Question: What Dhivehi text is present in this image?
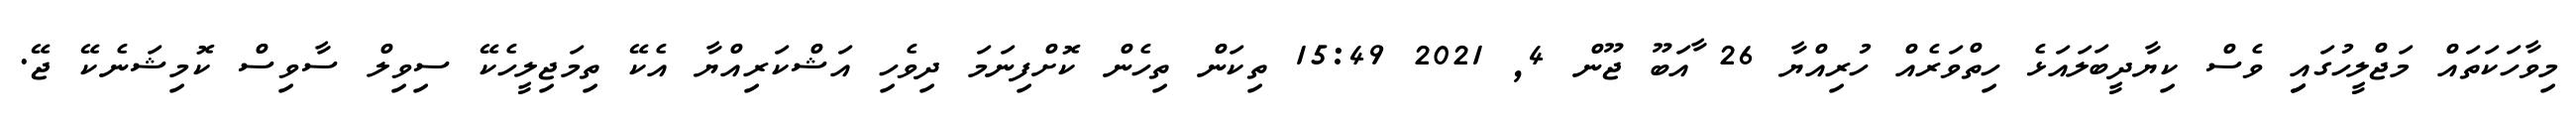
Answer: މިވާހަކަތައް މަޖްލީހުގައިި ވެސް ކިޔާދީބަލައަޅެ ހިތްވަރެއް ހުރިއްޔާ 26 ާއަބޫ ޖޫން 4, 2021 15:49 ތިކަން ތިހެން ކޮށްފިނަމަ ދިވެހި އަޝްކަރިއްޔާ އެކޭ ތިމަޖިލީހެކޭ ސިވިލް ސާވިސް ކޮމިޝަނެކޭ ޖޭ.